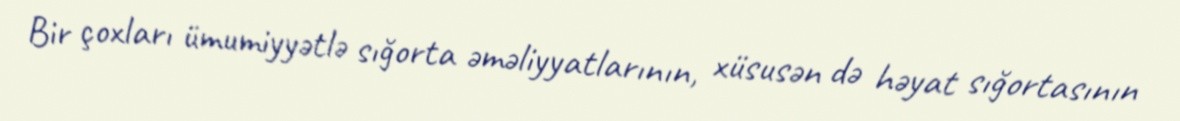
Bir çoxları ümumiyyətlə sığorta əməliyyatlarının, xüsusən də həyat sığortasının